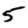
Digit: 5